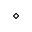
\diamond